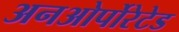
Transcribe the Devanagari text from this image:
अनओर्पोरेटेड